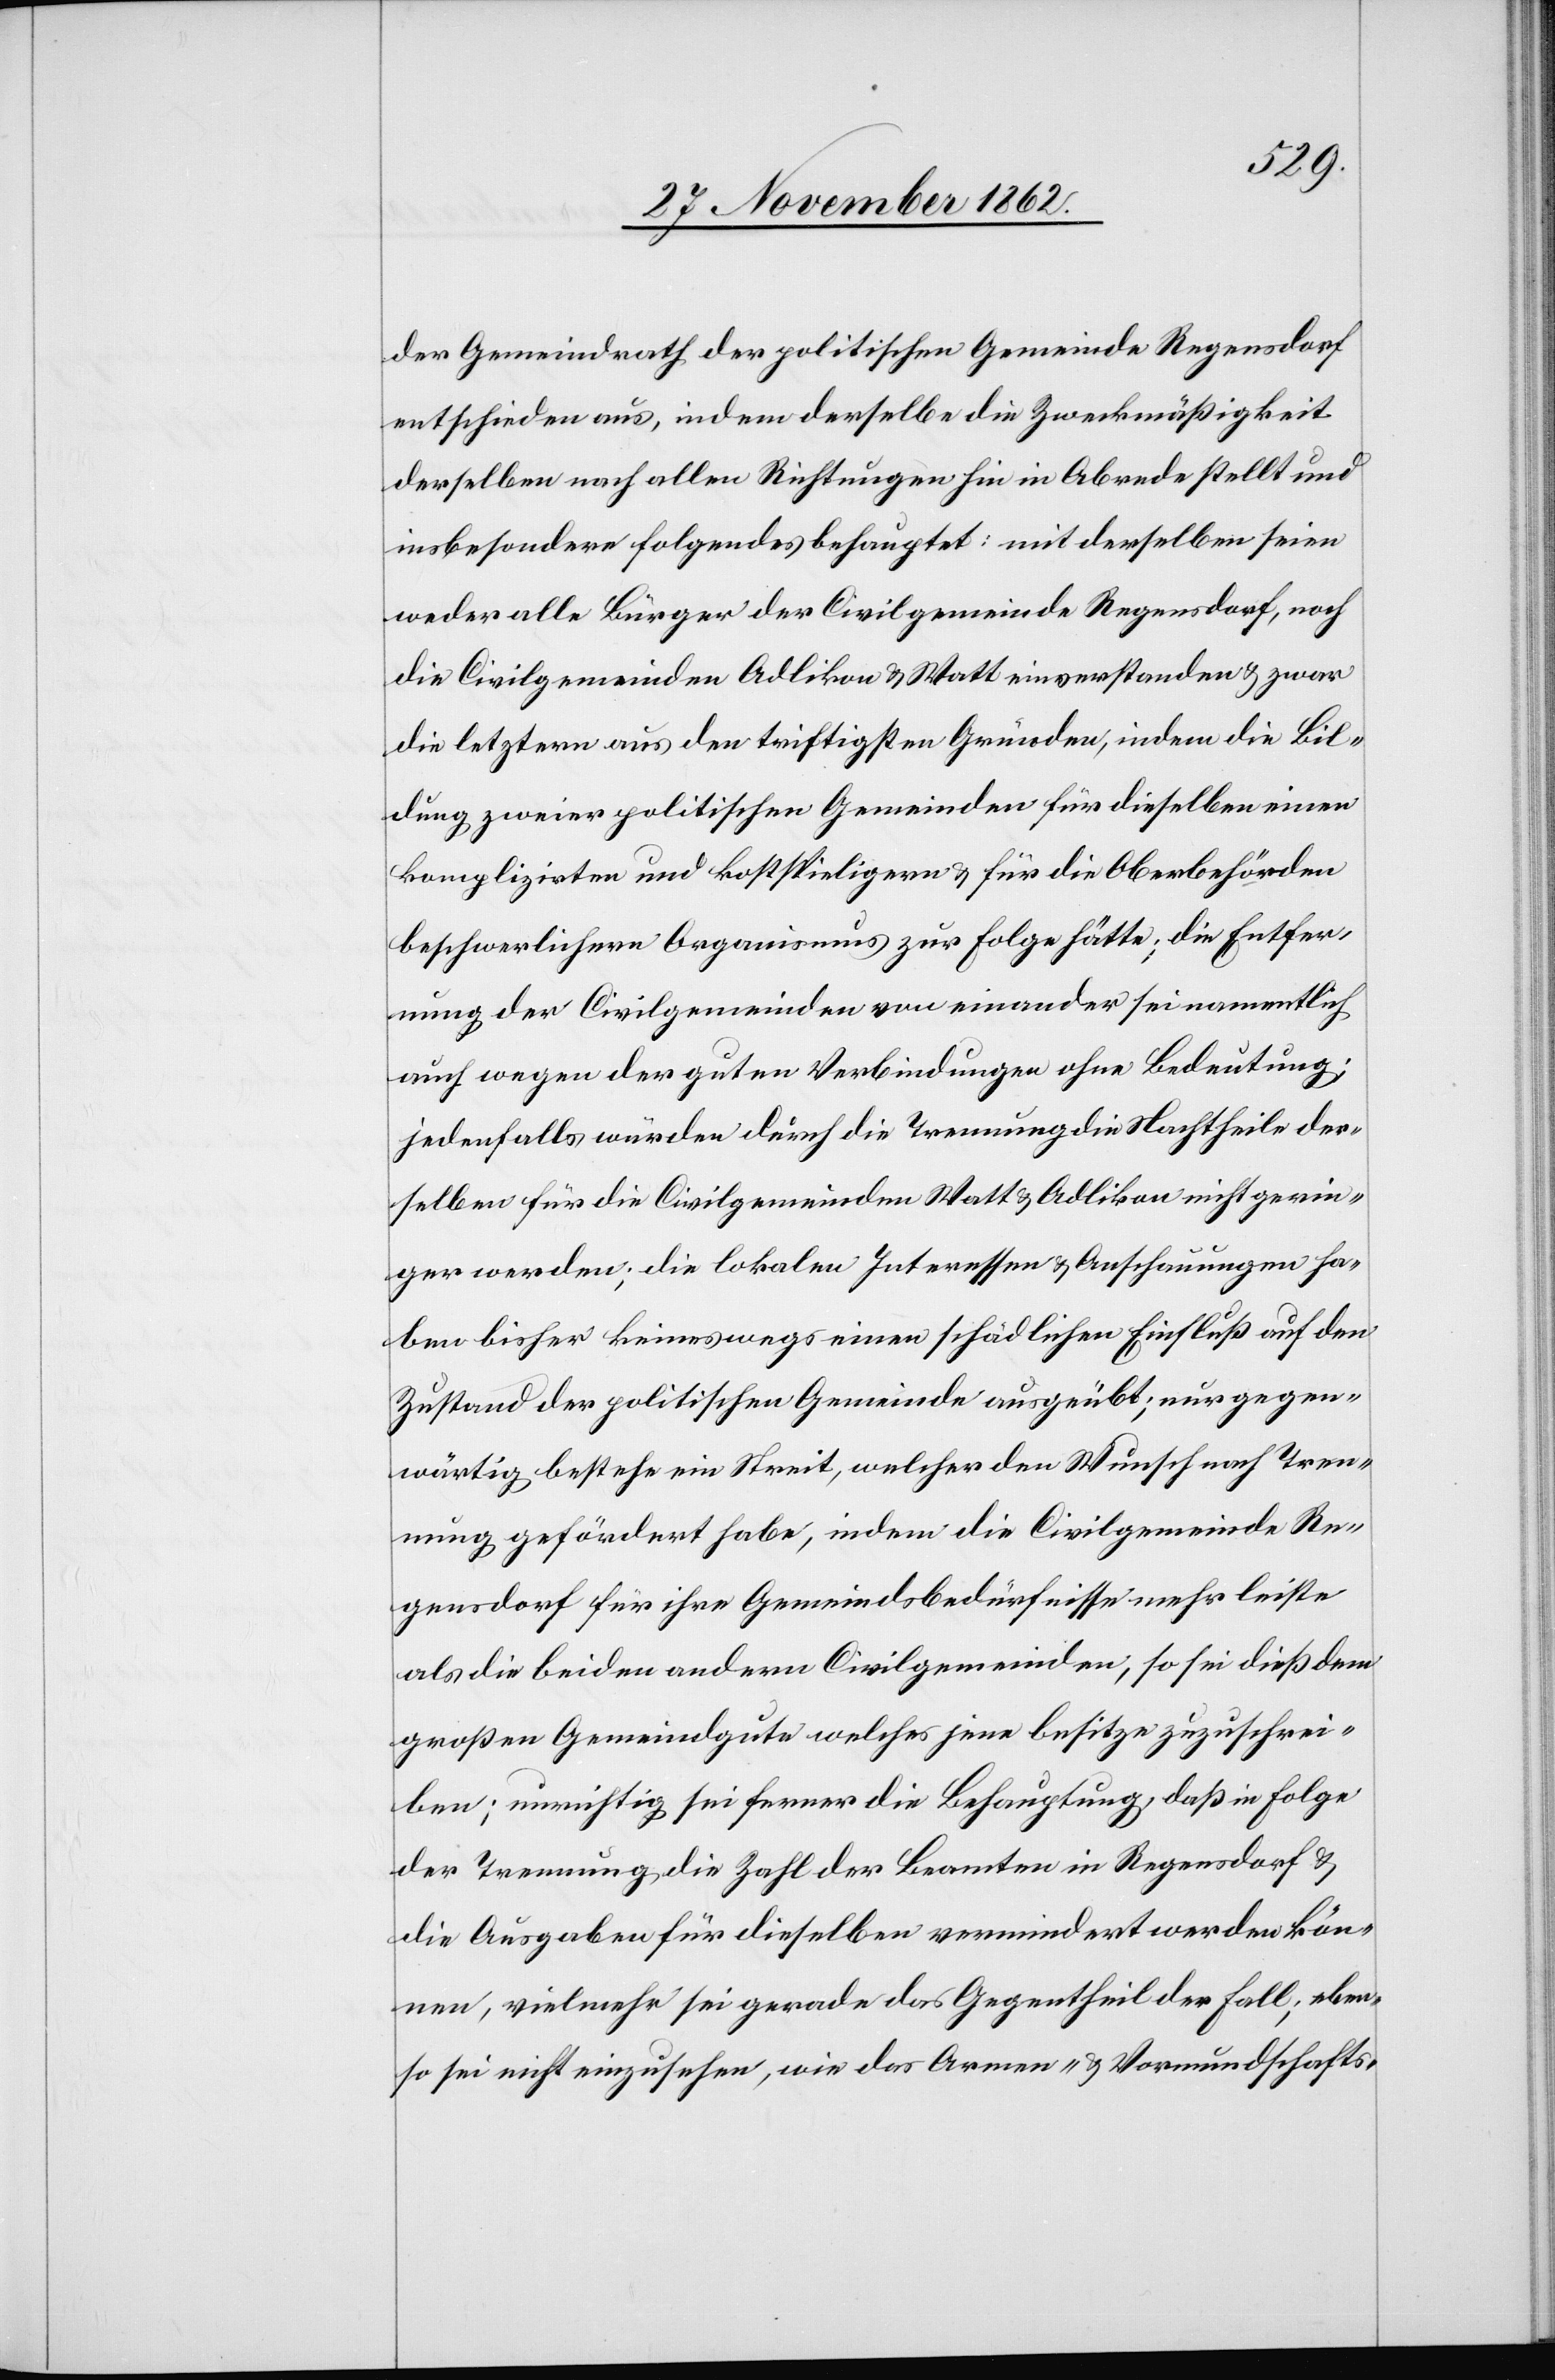
der Gemeindrath der politischen Gemeinde Regensdorf
entschieden aus, indem derselbe die Zweckmäßigkeit
derselben nach allen Richtungen hin in Abrede stellt und
insbesondere folgendes behauptet: mit derselben seien
weder alle Bürger der Civilgemeinde Regensdorf, noch
die Civilgemeinden Adlikon u. Watt einverstanden u. zwar
die letztern aus den triftigsten Gründen, indem die Bil¬
dung zweier politischen Gemeinden für dieselben einer
komplizirten und kostspieligern u. für die Oberbehörden
beschwerlichern Organismus zur Folge hätte; die Entfer¬
nung der Civilgemeinden von einander sei namentlich
auch wegen der guten Verbindungen ohne Bedeutung;
jedenfalls würden durch die Trennung die Nachtheile der¬
selben für die Civilgemeinden Watt u. Adlikon nicht gerin¬
ger werden; die lokalen Interessen u. Anschauungen ha¬
ben bisher keineswegs einen schädlichen Einfluß auf den
Zustand der politischen Gemeinde ausgeübt; nur gegen¬
wärtig bestehe ein Streit, welcher den Wunsch nach Tren¬
nung gefördert habe, indem die Civilgemeinde Re¬
gensdorf für ihre Gemeindsbedürfnisse mehr leiste
als die beiden andern Civilgemeinden, so sei dieß dem
großen Gemeindgute welches jene besitze zuzuschrei¬
ben; unrichtig sei ferner die Behauptung, daß in Folge
der Trennung die Zahl der Beamten in Regensdorf u.
die Ausgaben für dieselben vermindert werden kön¬
nen, vielmehr sei gerade das Gegentheil der Fall; eben¬
so sei nicht einzusehen, wie das Armen- u. Vormundschafts-